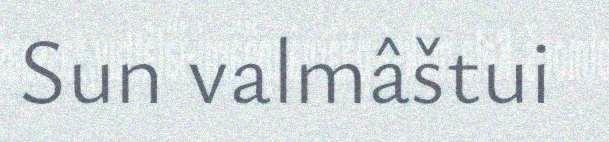
Sun valmâštui